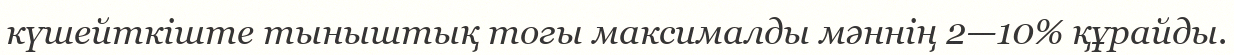
күшейткіште тыныштық тогы максималды мәннің 2—10% құрайды.